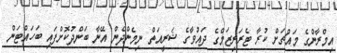
އިމްރާންގެ މައްޗަށް ކުރާ ޓެރަރިޒަމްގެ ދައުވާގެ ޝަރީއަތް ނިމެންދެން އޭނާ ބަންދުކޮށްފައި ބަހައްޓަން